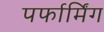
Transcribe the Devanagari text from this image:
पर्फार्मिंग